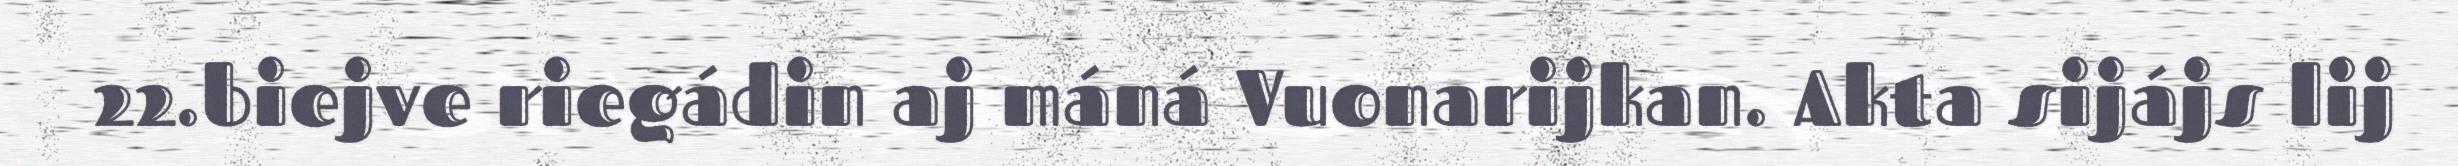
22.biejve riegádin aj máná Vuonarijkan. Akta sijájs lij